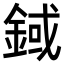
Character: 𨨅